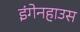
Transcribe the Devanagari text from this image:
इंगेनहाउस